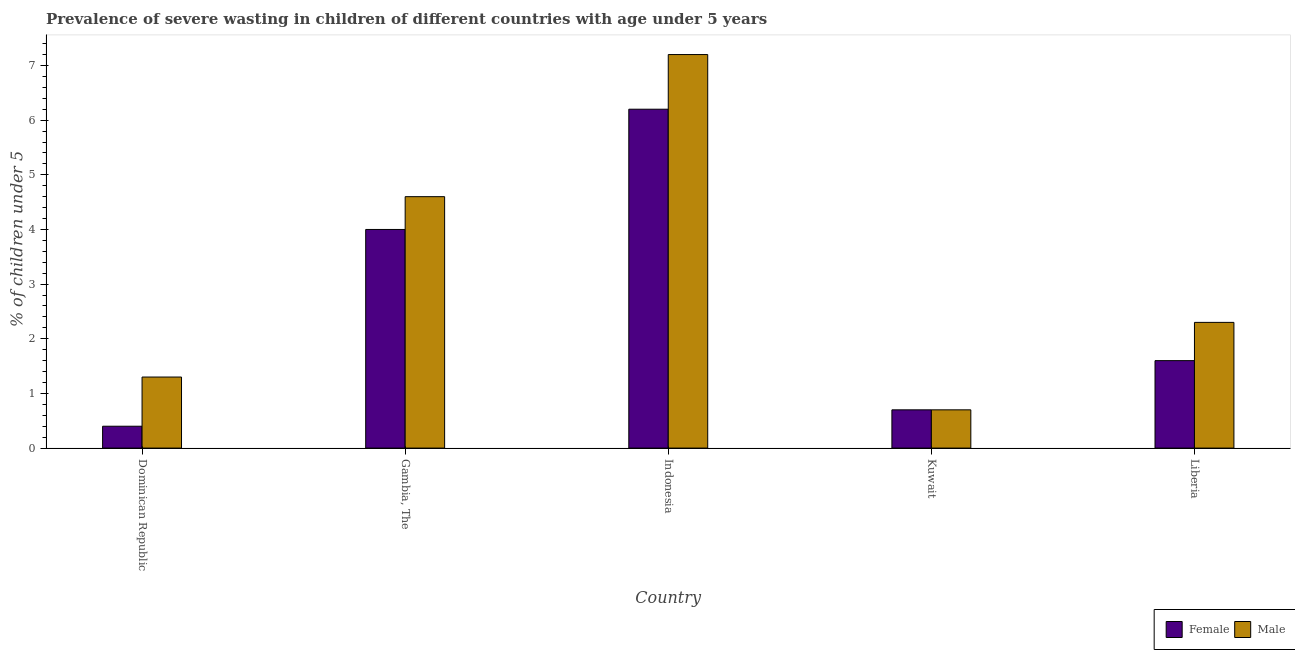
| Country | Female | Male |
 | --- | --- | --- |
 | Dominican Republic | 0.4 | 1.3 |
 | Gambia, The | 4 | 4.6 |
 | Indonesia | 6.2 | 7.2 |
 | Kuwait | 0.7 | 0.7 |
 | Liberia | 1.6 | 2.3 |